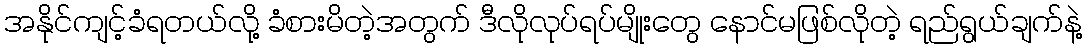
အနိုင်ကျင့်ခံရတယ်လို့ ခံစားမိတဲ့အတွက် ဒီလိုလုပ်ရပ်မျိုးတွေ နောင်မဖြစ်လိုတဲ့ ရည်ရွယ်ချက်နဲ့